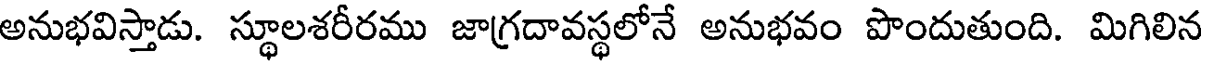
అనుభవిస్తాడు. స్థూలశరీరము జాగ్రదావస్థలోనే అనుభవం పొందుతుంది. మిగిలిన